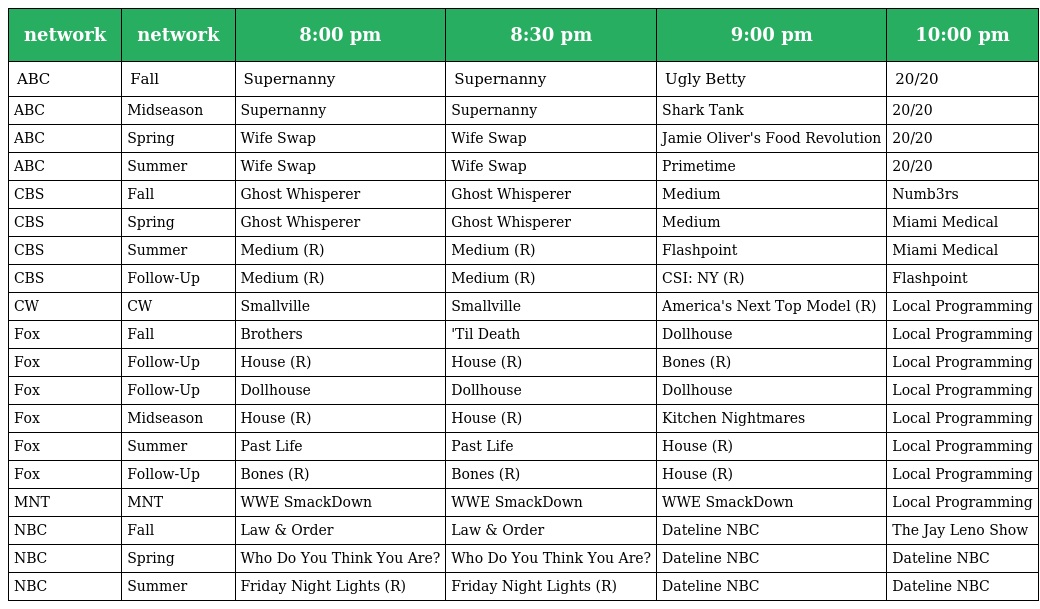
| network | network | 8:00 pm | 8:30 pm | 9:00 pm | 10:00 pm |
 | --- | --- | --- | --- | --- | --- |
 | ABC | Fall | Supernanny | Supernanny | Ugly Betty | 20/20 |
 | ABC | Midseason | Supernanny | Supernanny | Shark Tank | 20/20 |
 | ABC | Spring | Wife Swap | Wife Swap | Jamie Oliver's Food Revolution | 20/20 |
 | ABC | Summer | Wife Swap | Wife Swap | Primetime | 20/20 |
 | CBS | Fall | Ghost Whisperer | Ghost Whisperer | Medium | Numb3rs |
 | CBS | Spring | Ghost Whisperer | Ghost Whisperer | Medium | Miami Medical |
 | CBS | Summer | Medium (R) | Medium (R) | Flashpoint | Miami Medical |
 | CBS | Follow-Up | Medium (R) | Medium (R) | CSI: NY (R) | Flashpoint |
 | CW | CW | Smallville | Smallville | America's Next Top Model (R) | Local Programming |
 | Fox | Fall | Brothers | 'Til Death | Dollhouse | Local Programming |
 | Fox | Follow-Up | House (R) | House (R) | Bones (R) | Local Programming |
 | Fox | Follow-Up | Dollhouse | Dollhouse | Dollhouse | Local Programming |
 | Fox | Midseason | House (R) | House (R) | Kitchen Nightmares | Local Programming |
 | Fox | Summer | Past Life | Past Life | House (R) | Local Programming |
 | Fox | Follow-Up | Bones (R) | Bones (R) | House (R) | Local Programming |
 | MNT | MNT | WWE SmackDown | WWE SmackDown | WWE SmackDown | Local Programming |
 | NBC | Fall | Law & Order | Law & Order | Dateline NBC | The Jay Leno Show |
 | NBC | Spring | Who Do You Think You Are? | Who Do You Think You Are? | Dateline NBC | Dateline NBC |
 | NBC | Summer | Friday Night Lights (R) | Friday Night Lights (R) | Dateline NBC | Dateline NBC |